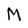
Character: M